Report of veterinary surgeon J.H. Steel, A.V.D., on his investigation into an obscure and fatal disease among transport mules in British Burma
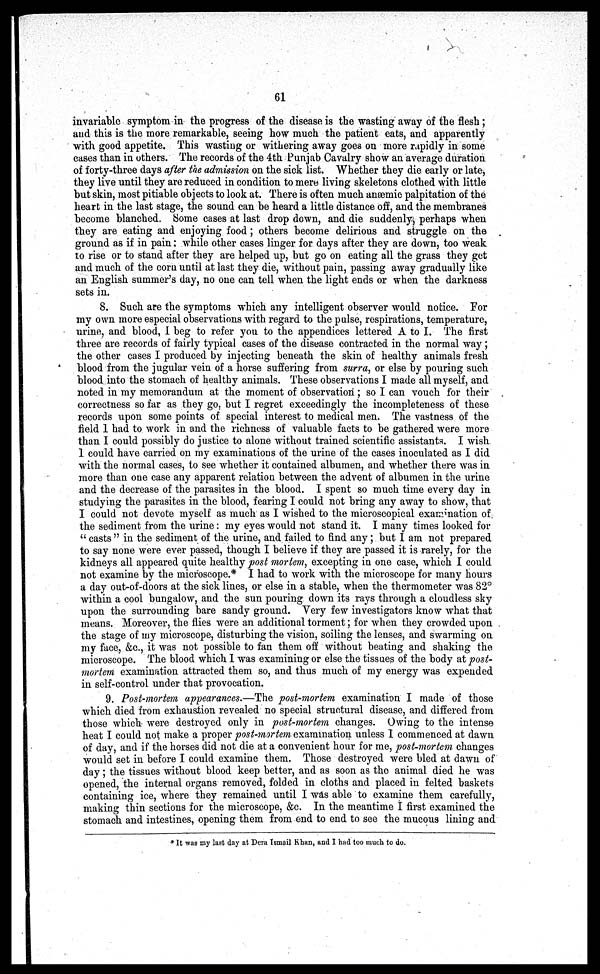
61
invariable symptom in the progress of the disease is the wasting away of the flesh;
and this is the more remarkable, seeing how much the patient eats, and apparently
with good appetite. This wasting or withering away goes on more rapidly in some
cases than in others. The records of the 4th Punjab Cavalry show an average duration
of forty-three days after the admission on the sick list. Whether they die early or late,
they live until they are reduced in condition to mere living skeletons clothed with little
but skin, most pitiable objects to look at. There is often much anaemic palpitation of the
heart in the last stage, the sound can be heard a little distance off, and the membranes
become blanched. Some cases at last drop down, and die suddenly, perhaps when
they are eating and enjoying food; others become delirious and struggle on the
ground as if in pain; while other cases linger for days after they are down, too weak
to rise or to stand after they are helped up, but go on eating all the grass they get
and much of the corn until at last they die, without pain, passing away gradually like
an English summer's day, no one can tell when the light ends or when the darkness
sets in.
8. Such are the symptoms which any intelligent observer would notice. For
my own more especial observations with regard to the pulse, respirations, temperature,
urine, and blood, I beg to refer you to the appendices lettered A to I. The first
three are records of fairly typical cases of the disease contracted in the normal way ;
the other cases I produced by injecting beneath the skin of healthy animals fresh
blood from the jugular vein of a horse suffering from surra, or else by pouring such
blood into the stomach of healthy animals. These observations I made all myself, and
noted in my memorandum at the moment of observation; so I can vouch for their
correctness so far as they go, but I regret exceedingly the incompleteness of these
records upon some points of special interest to medical men. The vastness of the
field 1 had to work in and the richness of valuable facts to be gathered were more
than I could possibly do justice to alone without trained scientific assistants. I wish
1 could have carried on my examinations of the urine of the cases inoculated as I did
with the normal cases, to see whether it contained albumen, and whether there was in
more than one case any apparent relation between the advent of albumen in the urine
and the decrease of the parasites in the blood. I spent so much time every day in
studying the parasites in the blood, fearing I could not bring any away to show, that
I could not devote myself as much as I wished to the microscopical examination of
the sediment from the urine: my eyes would not stand it. I many times looked for
" casts " in the sediment of the urine, and failed to find any; but I am not prepared
to say none were ever passed, though I believe if they are passed it is rarely, for the
kidneys all appeared quite healthy post mortem, excepting in one case, which I could
not examine by the microscope.* I had to work with the microscope for many hours
a day out-of-doors at the sick lines, or else in a stable, when the thermometer was 82°
within a cool bungalow, and the sun pouring down its rays through a cloudless sky
upon the surrounding bare sandy ground. Very few investigators know what that
means. Moreover, the flies were an additional torment; for when they crowded upon
the stage of my microscope, disturbing the vision, soiling the lenses, and swarming on
my face, &c., it was not possible to fan them off without beating and shaking the
microscope. The blood which 1 was examining or else the tissues of the body at post-
mortem examination attracted them so, and thus much of my energy was expended
in self-control under that provocation.
9. Post-mortem appearances.—The post-mortem examination I made of those
which died from exhaustion revealed no special structural disease, and differed from
those which were destroyed only in post-mortem changes. Owing to the intense
heat I could not make a proper post-mortem examination unless I commenced at dawn
of day, and if the horses did not die at a convenient hour for me, post-mortem changes
would set in before I could examine them. Those destroyed were bled at dawn of
day; the tissues without blood keep better, and as soon as the animal died he was
opened, the internal organs removed, folded in cloths and placed in felted baskets
containing ice, where they remained until I was able to examine them carefully,
making thin sections for the microscope, &c. In the meantime I first examined the
stomach and intestines, opening them from end to end to see the mucous lining and
* It was my last day at Dera Ismail Khan, and I had too much to do.